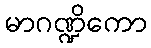
မာဂဏ္ဍိကော